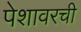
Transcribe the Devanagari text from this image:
पेशावरची